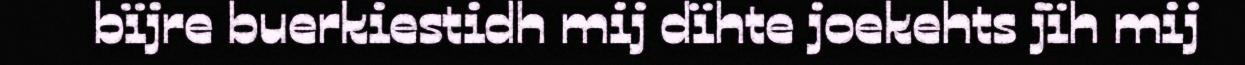
bïjre buerkiestidh mij dïhte joekehts jïh mij